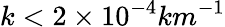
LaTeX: k<2\times 10^{-4}km^{-1}